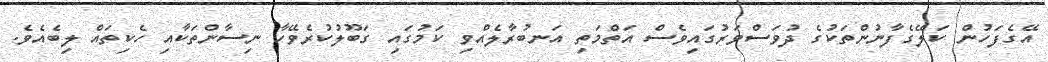
އޭގެފަހުން ކަލޭގެފާނުންތަކުގެ ދުވަސްވަރުގައިވެސް އަތްމަތި އަނބުރާލެއްވި ކަމުގައި ގަބޫލުކުރެވޭހާ ނިސާންތަކާއި ހެކިތައް ލިބެއެވެ.